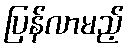
ပြန်လာမည့်